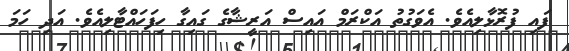
ފައި ފުރޮޅާލިއެވެ. އެވަގުތު އަކްރަމް އައިސް އަރީޝާގެ ގައިގާ ހިފަހައްޓާލިއެވެ. އަދި ހަމަ